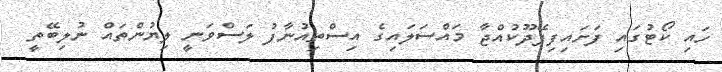
ހައި ކޯޓުގައި ފަށައިފިފޭދޫކުއްޖާ މައްސަލައިގެ އިސްތިއުނާފު ލަސްވަނީ ލިޔުންތައް ނުލިބޭތީ